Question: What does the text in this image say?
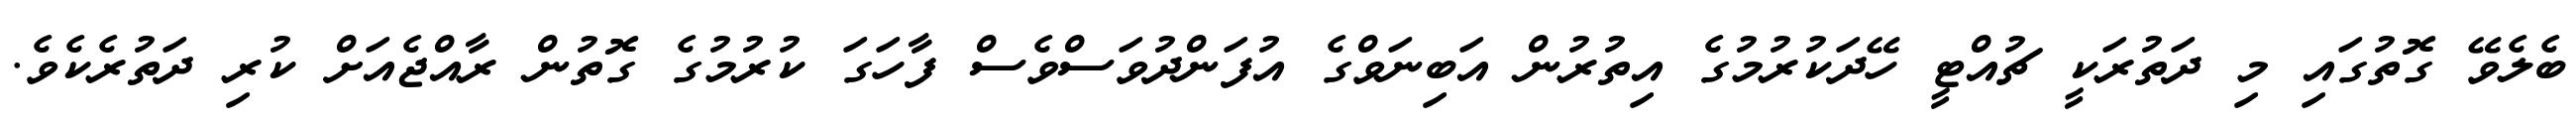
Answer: ބެލެވޭ ގޮތުގައި މި ދަތުރަކީ ޗުއްޓީ ހޭދަކުރުމުގެ އިތުރުން އަބިނަވްގެ އުފަންދުވަސްވެސް ފާހަގަ ކުރުމުގެ ގޮތުން ރާއްޖެއަށް ކުރި ދަތުރެކެވެ.